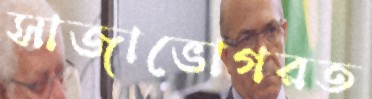
সাজাভোগরত